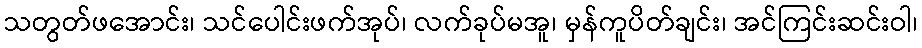
သတွတ်ဖအောင်း၊ သင်ပေါင်းဖက်အုပ်၊ လက်ခုပ်မအူ၊ မှန်ကူပိတ်ချင်း၊ အင်ကြင်းဆင်းဝါ၊